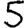
Digit: 5